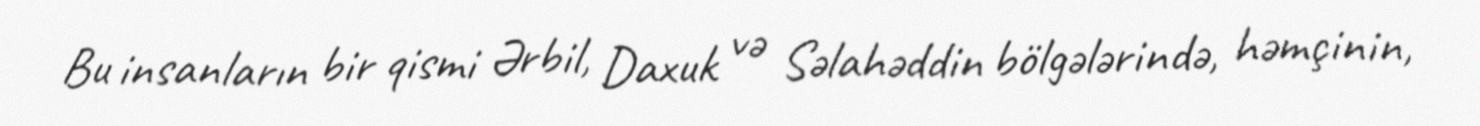
Bu insanların bir qismi Ərbil, Daxuk və Səlahəddin bölgələrində, həmçinin,